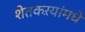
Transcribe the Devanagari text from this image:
शेतकऱयांमधे